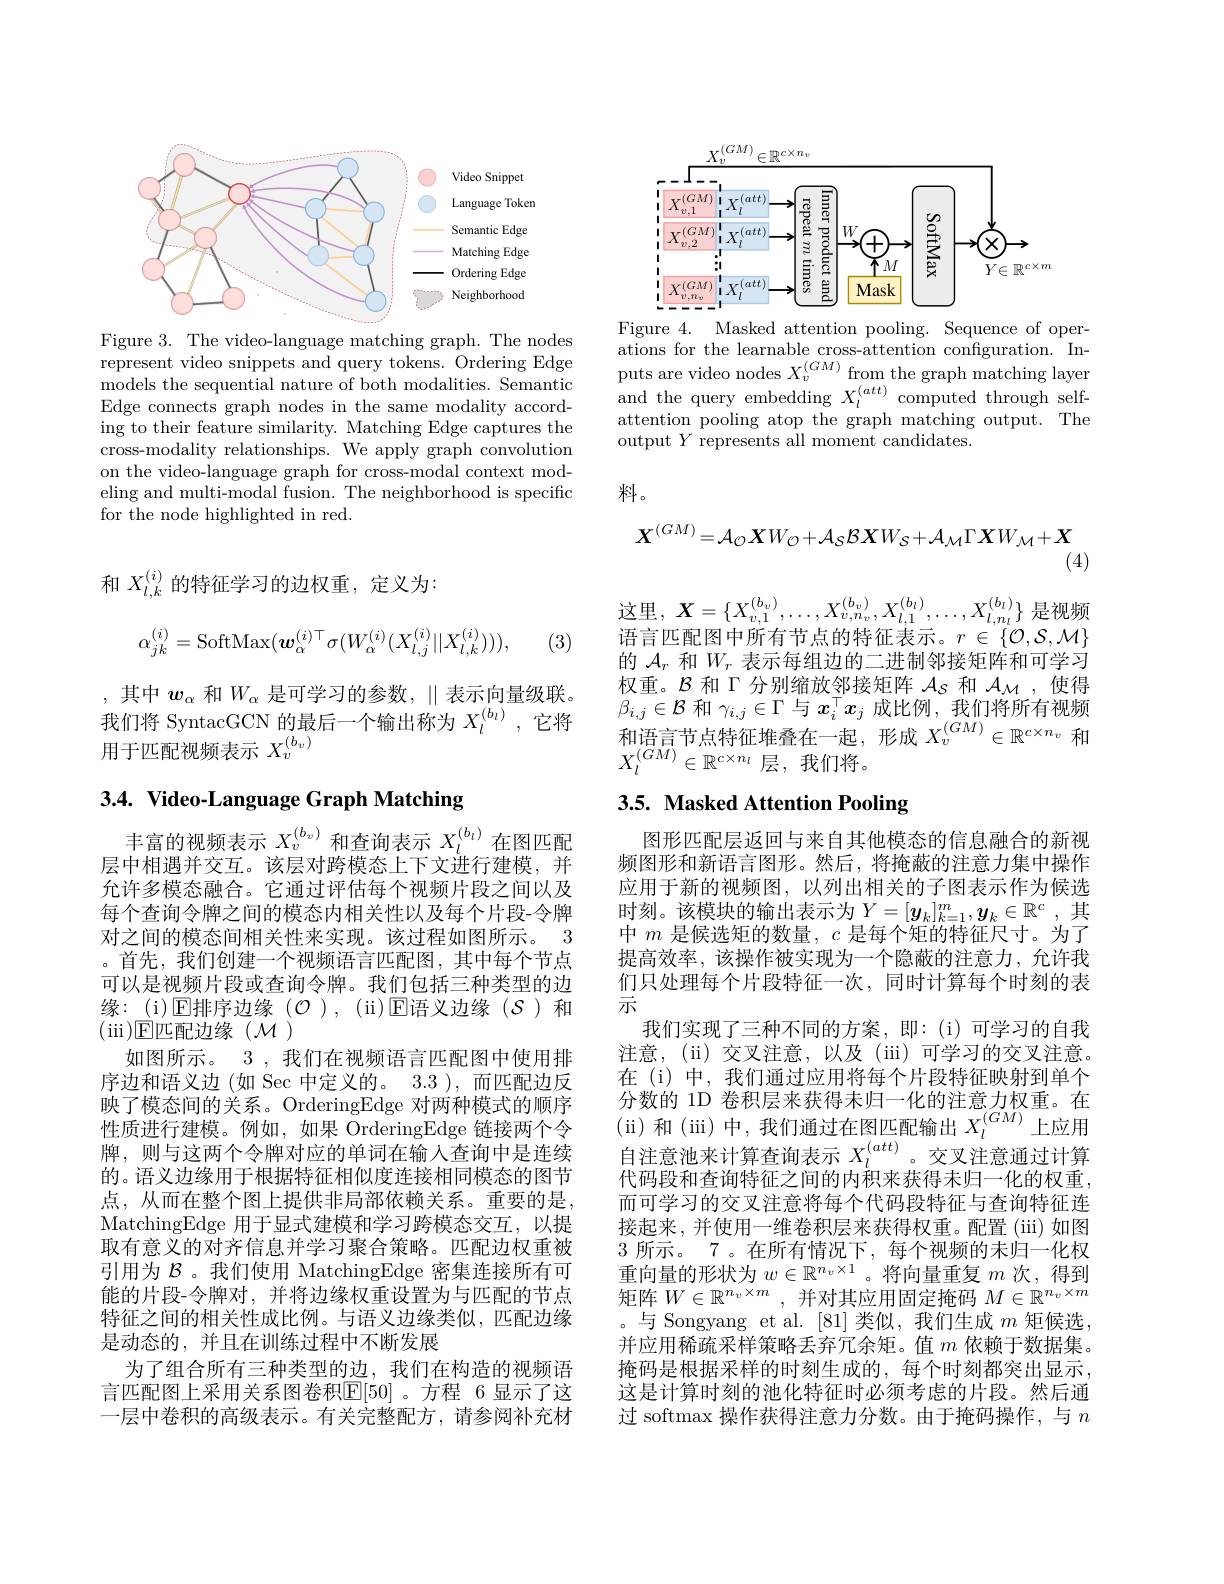
<FigureHere>
Figure 3. The video-language matching graph. The nodes

represent video snippets and query tokens. Ordering Edge models the sequential nature of both modalities. Semantic Edge connects graph nodes in the same modality according to their feature similarity. Matching Edge captures the cross-modality relationships. We apply graph convolution on the video-language graph for cross-modal context modeling and multi-modal fusion. The neighborhood is specific for the node highlighted in red.

<FigureHere>

Figure 4. Masked attention pooling. Sequence of operations for the learnable cross-attention configuration. Inputs are video nodes $X_v^{(GM)}$ from the graph matching layer and the query embedding $X_l^{(att)}$ computed through selfattention pooling atop the graph matching output. The output $Y$ represents all moment candidates.

料。

和$X_{l,k}^{(i)}$的特征学习的边权重，定义为：
$$\alpha_{jk}^{(i)}=\mathrm{SoftMax}(\boldsymbol{w}_{\alpha}^{(i)\top}\sigma(W_{\alpha}^{(i)}(X_{l,j}^{(i)}||X_{l,k}^{(i)}))),$$
(3)

,其中$w_\alpha$和$W_\alpha$是可学习的参数，$\parallel$表示向量级联。我们将 SyntacGCN 的最后一个输出称为$X_l^{(b_l)}$,它将用 于 匹 配 视 频 表 示 $X_{v}^{( b_{v}) }$

# 3.4. Video-Language Graph Matching

丰富的视频表示$X_v^{(b_v)}$和查询表示$X_l^{(b_l)}$在图匹配层中相遇并交互。该层对跨模态上下文进行建模，并允许多模态融合。它通过评估每个视频片段之间以及每个查询令牌之间的模态内相关性以及每个片段-令牌对之间的模态间相关性来实现。该过程如图所示。3 。首先，我们创建一个视频语言匹配图，其中每个节点可以是视频片段或查询令牌。我们包括三种类型的边缘：(i)▣$\operatorname{E\text{排序边缘(}\mathcal{O}}$),(ii)▣$\operatorname{E\text{语义边缘(S)和}}$ $(\operatorname{iii})\underline{\mathrm{E}}$匹配边缘(M)
如图所示。3 , 我们在视频语言匹配图中使用排序边和语义边(如 Sec 中定义的。3.3 ),而匹配边反映了模态间的关系。OrderingEdge 对两种模式的顺序性质进行建模。例如，如果 OrderingEdge 链接两个令牌，则与这两个令牌对应的单词在输入查询中是连续的。语义边缘用于根据特征相似度连接相同模态的图节点，从而在整个图上提供非局部依赖关系。重要的是， MatchingEdge 用于显式建模和学习跨模态交互，以提取有意义的对齐信息并学习聚合策略。匹配边权重被引用为$\mathcal{B}$ 。我们使用 MatchingEdge 密集连接所有可能的片段-令牌对，并将边缘权重设置为与匹配的节点特征之间的相关性成比例。与语义边缘类似，匹配边缘是动态的，并且在训练过程中不断发展
为了组合所有三种类型的边，我们在构造的视频语言匹配图上采用关系图卷积$\mathbb{E}[50]$。方程 6 显示了这一层中卷积的高级表示。有关完整配方，请参阅补充材
$$\boldsymbol{X}^{(GM)}=\mathcal{A}_{\mathcal{O}}\boldsymbol{X}W_{\mathcal{O}}+\mathcal{A}_{\mathcal{S}}\boldsymbol{B}\boldsymbol{X}W_{\mathcal{S}}+\mathcal{A}_{\mathcal{M}}\Gamma\boldsymbol{X}W_{\mathcal{M}}+\boldsymbol{X}$$
(4)

这里，$X=\{X_v,1^{(b_v)},\ldots,X_{v,n_v}^{(b_v)},X_{l,1}^{(b_l)},\ldots,X_{l,n_l}^{(b_l)}\}$是视频语言匹配图中所有节点的特征表示。$r\in\{\mathcal{O},\mathcal{S},\mathcal{M}\}$ 的$\mathcal{A}_r$和$W_r$表示每组边的二进制邻接矩阵和可学习权重。$\mathcal{B}$和$\Gamma$分别缩放邻接矩阵$\mathcal{A}_S$和$\mathcal{A}_\mathcal{M}$,使得$\beta_{i,j}\in\mathcal{B}$和$\gamma_i,j\in\Gamma$与$x_i^\top x_j$成比例，我们将所有视频和语言节点特征堆叠在一起，形成$X_v^(GM)\in\mathbb{R}^{c\times n_v}$和$\begin{array}{l}{{X_{l}^{(GM)}\in\mathbb{R}^{c\times n_{l}}\text{层，我们将。}}}\\\end{array}$

# 3.5. Masked Attention Pooling

图形匹配层返回与来自其他模态的信息融合的新视频图形和新语言图形。然后，将掩蔽的注意力集中操作应用于新的视频图，以列出相关的子图表示作为候选时刻。该模块的输出表示为$Y=[\boldsymbol{y}_k]_{k=1}^m,\boldsymbol{y}_k\in\mathbb{R}^c$, 其中$m$是候选矩的数量，$c$是每个矩的特征尺寸。为了提高效率，该操作被实现为一个隐蔽的注意力，允许我们只处理每个片段特征一次，同时计算每个时刻的表示
我们实现了三种不同的方案，即：(i)可学习的自我注意，(ii)交叉注意，以及(iii)可学习的交叉注意。在 (i) 中，我们通过应用将每个片段特征映射到单个分数的 1D 卷积层来获得未归一化的注意力权重。在(ii)和(iii)中，我们通过在图匹配输出$X_l^{(GM)}$上应用自注意池来计算查询表示$X_l^{(att)}$。交叉注意通过计算代码段和查询特征之间的内积来获得未归一化的权重， 而可学习的交叉注意将每个代码段特征与查询特征连接起来，并使用一维卷积层来获得权重。配置(iii) 如图3所示。7 。在所有情况下，每个视频的未归一化权重向量的形状为$w\in\mathbb{R}^n_v\times1$ 。将向量重复$m$次，得到矩阵$W\in\mathbb{R}^n_v\times m$,并对其应用固定掩码$M\in\mathbb{R}^n_v\times m$ 。与 Songyang et al. [81]类似，我们生成 $m$ 矩候选. 并应用稀疏采样策略丢弃冗余矩。值$m$依赖于数据集。掩码是根据采样的时刻生成的，每个时刻都突出显示， 这是计算时刻的池化特征时必须考虑的片段。然后通过 softmax 操作获得注意力分数。由于掩码操作，与$n$